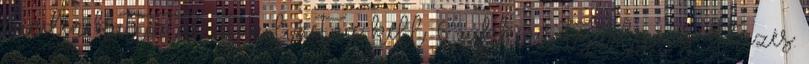
minden kattintás után fizetnie kell. 6 cukkinis tojáslepény, étkezés: